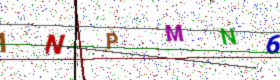
Text: INPMN6